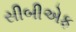
સીબીએફ